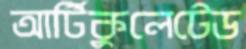
আর্টিকুলেটেড